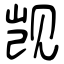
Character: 觊